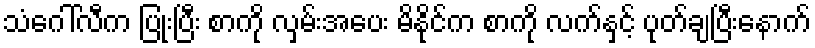
သံဂေါ်လီက ပြုံးပြီး စာကို လှမ်းအပေး မိနိုင်က စာကို လက်နှင့် ပုတ်ချပြီးနောက်